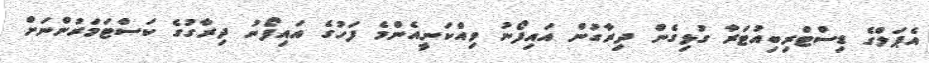
އެޕަލްގެ ޑިސްޓްރިބިއުޓަރާ ގުޅިގެން ދިރާގުން އައިފޯނު ވިއްކަނީއެންމެ ފަހުގެ އައިފޯނު ދިރާގުގެ ކަސްޓަމަރުންނަށް